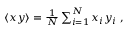
\begin{array} { r } { \langle x y \rangle = \frac { 1 } { N } \sum _ { i = 1 } ^ { N } x _ { i } y _ { i } \; , } \end{array}